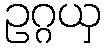
ဥဂ္ဂယှ